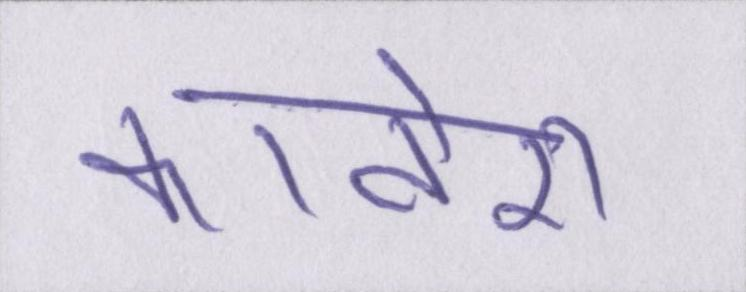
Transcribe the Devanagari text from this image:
कावेरी